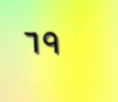
٦٩